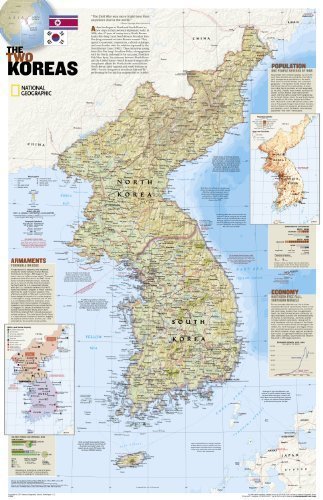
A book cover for North Korea/South Korea, The Forgotten War, 2 sided, tubed Wall Maps Countries & Regions: NG.P620096 (Reference - Countries & Regions) by National Geographic Maps published by NATIONAL GEOGRAPHIC MAPS DIVISION (2012); Travel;